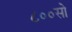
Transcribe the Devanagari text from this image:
८००सो